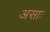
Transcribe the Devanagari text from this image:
असाः